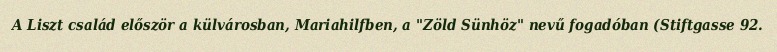
A Liszt család először a külvárosban, Mariahilfben, a "Zöld Sünhöz" nevű fogadóban (Stiftgasse 92.